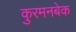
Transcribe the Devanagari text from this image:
कुरमनबेक